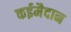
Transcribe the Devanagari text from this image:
कईमैदान